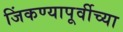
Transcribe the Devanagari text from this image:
जिंकण्यापूर्वीच्या